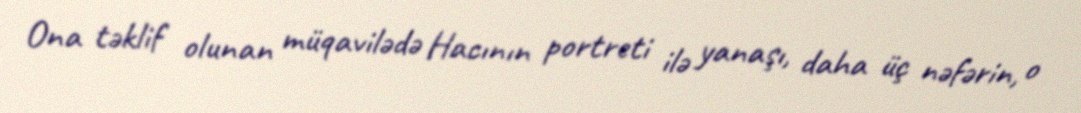
Ona təklif olunan müqavilədə Hacının portreti ilə yanaşı, daha üç nəfərin, o